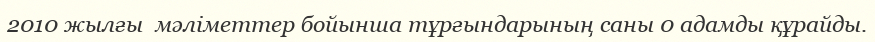
2010 жылғы  мәліметтер бойынша тұрғындарының саны 0 адамды құрайды.